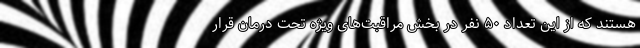
هستند که از این تعداد ۵۰ نفر در بخش مراقبت‌های ویژه تحت درمان قرار